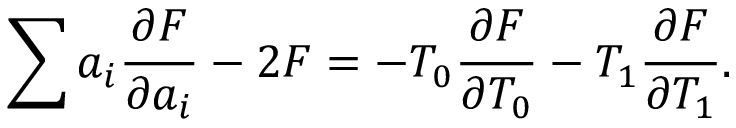
\sum a _ { i } \frac { \partial F } { \partial a _ { i } } - 2 F = - T _ { 0 } \frac { \partial F } { \partial T _ { 0 } } - T _ { 1 } \frac { \partial F } { \partial T _ { 1 } } .